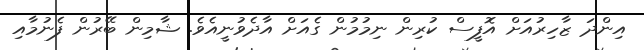
އިންދަ ޒާހިރުއަށް އޮފީސް ކުރިން ނިމުމުން ގެއަށް އާދެވުނީއެވެ. ޝާމިން ބޭރުން ފެނުމާއި